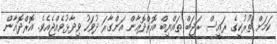
ކަމަށް ތުރުކީގެ ރައީސް ރަޖަބް ތައްޔިބް އޮރްދޮޣާން އަންގާރަ ދުވަހު ވިދާޅުވެއްޖެއެވެ. އޮރްދޮޣާން